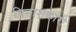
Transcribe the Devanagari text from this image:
विनाशकांरी